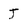
Character: J